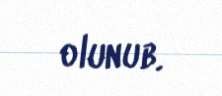
olunub.